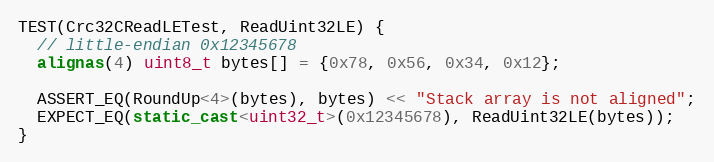
Language: C++
TEST(Crc32CReadLETest, ReadUint32LE) {
  // little-endian 0x12345678
  alignas(4) uint8_t bytes[] = {0x78, 0x56, 0x34, 0x12};

  ASSERT_EQ(RoundUp<4>(bytes), bytes) << "Stack array is not aligned";
  EXPECT_EQ(static_cast<uint32_t>(0x12345678), ReadUint32LE(bytes));
}